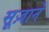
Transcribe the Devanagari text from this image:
सूज़ाने